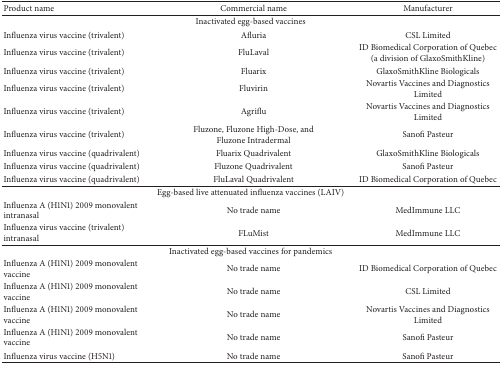
<table><thead><tr><td><b>Product name</b></td><td><b>Commercial name</b></td><td><b>Manufacturer</b></td></tr></thead><tbody><tr><td colspan="3">Inactivated egg-based vaccines</td></tr><tr><td>Influenza virus vaccine (trivalent) </td><td>Afluria</td><td>CSL Limited</td></tr><tr><td>Influenza virus vaccine (trivalent) </td><td>FluLaval</td><td>ID Biomedical Corporation of Quebec (a division of GlaxoSmithKline)</td></tr><tr><td>Influenza virus vaccine (trivalent)</td><td>Fluarix</td><td>GlaxoSmithKline Biologicals</td></tr><tr><td>Influenza virus vaccine (trivalent)</td><td>Fluvirin</td><td>Novartis Vaccines and Diagnostics Limited</td></tr><tr><td>Influenza virus vaccine (trivalent)</td><td>Agriflu</td><td>Novartis Vaccines and Diagnostics Limited</td></tr><tr><td>Influenza virus vaccine (trivalent)</td><td>Fluzone, Fluzone High-Dose, and Fluzone Intradermal</td><td>Sanofi Pasteur</td></tr><tr><td>Influenza virus vaccine (quadrivalent)</td><td>Fluarix Quadrivalent</td><td>GlaxoSmithKline Biologicals</td></tr><tr><td>Influenza virus vaccine (quadrivalent)</td><td>Fluzone Quadrivalent</td><td>Sanofi Pasteur</td></tr><tr><td>Influenza virus vaccine (quadrivalent)</td><td>FluLaval Quadrivalent</td><td>ID Biomedical Corporation of Quebec</td></tr><tr><td colspan="3">Egg-based live attenuated influenza vaccines (LAIV) </td></tr><tr><td>Influenza A (H1N1) 2009 monovalent intranasal</td><td>No trade name</td><td>MedImmune LLC</td></tr><tr><td>Influenza virus vaccine (trivalent) intranasal</td><td>FLuMist</td><td>MedImmune LLC</td></tr><tr><td colspan="3">Inactivated egg-based vaccines for pandemics</td></tr><tr><td>Influenza A (H1N1) 2009 monovalent vaccine</td><td>No trade name</td><td>ID Biomedical Corporation of Quebec</td></tr><tr><td>Influenza A (H1N1) 2009 monovalent vaccine</td><td>No trade name</td><td>CSL Limited</td></tr><tr><td>Influenza A (H1N1) 2009 monovalent vaccine</td><td>No trade name</td><td>Novartis Vaccines and Diagnostics Limited</td></tr><tr><td>Influenza A (H1N1) 2009 monovalent vaccine</td><td>No trade name</td><td>Sanofi Pasteur</td></tr><tr><td>Influenza virus vaccine (H5N1) </td><td>No trade name</td><td>Sanofi Pasteur</td></tr></tbody></table>